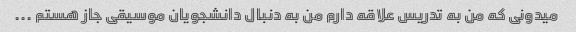
میدونی که من به تدریس علاقه دارم من به دنبال دانشجویان موسیقی جاز هستم ...